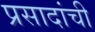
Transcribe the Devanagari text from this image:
प्रसादांची